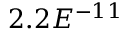
2 . 2 E ^ { - 1 1 }